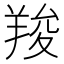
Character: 羧